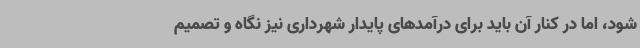
شود، اما در کنار آن باید برای درآمدهای پایدار شهرداری نیز نگاه و تصمیم